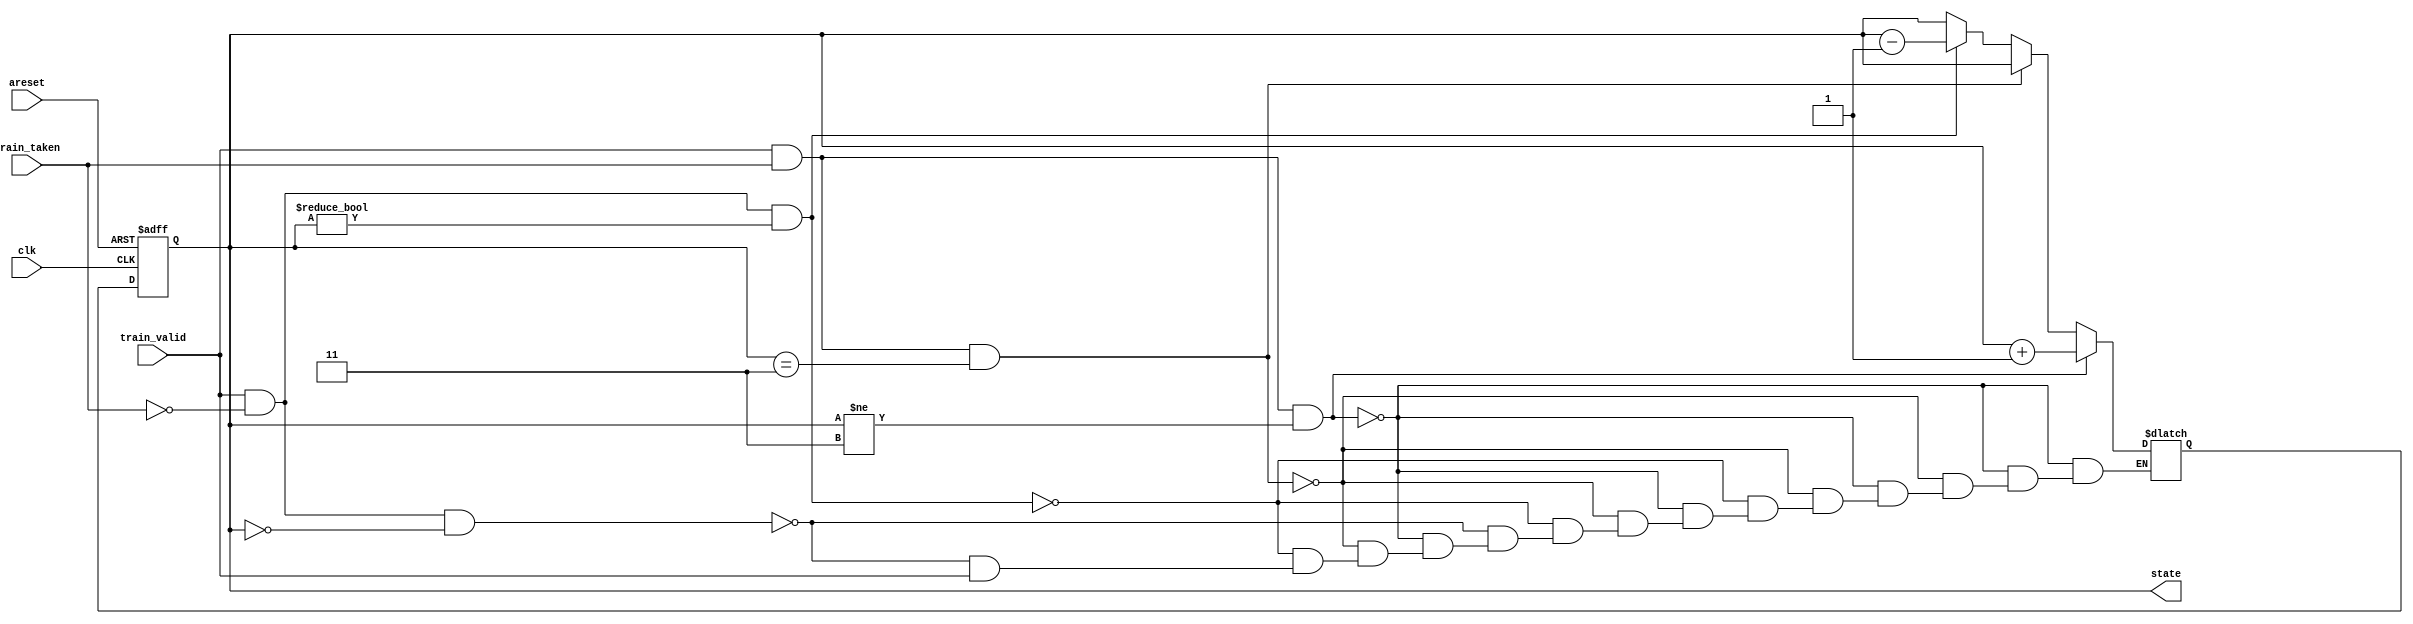
module top_module(
    input clk,
    input areset,
    input train_valid,
    input train_taken,
    output [1:0] state
);
    reg [1:0]next_state;
    parameter s0=2'b00,s1=2'b01,s2=2'b10,s3=2'b11;
    always@(*)
        begin
            if(train_valid==1 && train_taken==1 && state!=s3)
                next_state=state+1;
            else if(train_valid==1 && train_taken==1 && state==s3)
                next_state=state;
            else if(train_valid==1 && train_taken==0 && state!=s0)
                next_state=state-1;
            else if(train_valid==1 && train_taken==0 && state==s0)
                next_state=state;
            else if(!train_valid)
                next_state=state;
        end
            
                
    
    
    
    always@(posedge clk,posedge areset)
        begin
            if(areset)
                state<=s1;
            else
                state<=next_state;
        end

endmodule